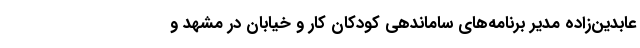
عابدین‌زاده مدیر برنامه‌های ساماندهی کودکان کار و خیابان در مشهد و